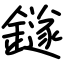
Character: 鐩